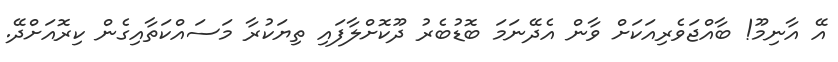
އޭ އާނިމޫ! ބާއްޖަވެރިއަކަށް ވާން އެދޭނަމަ ބޮޑުބެރު ދޫކޮށްލާފައި ތިޔަކުރާ މަސައްކަތާއިގެން ކިރޮއަށްދޭ.